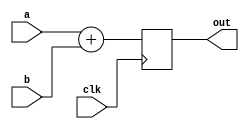
 
module Adder
#(parameter SIZE=64)
(
    input wire clk,
    input wire[SIZE-1:0] a,
    input wire[SIZE-1:0] b,
    output reg[SIZE-1:0] out
);

always @(posedge clk) begin
    out <= a + b;
end


endmodule